Eesti_Vabariigi_Tartu_Ulikool, lk 239
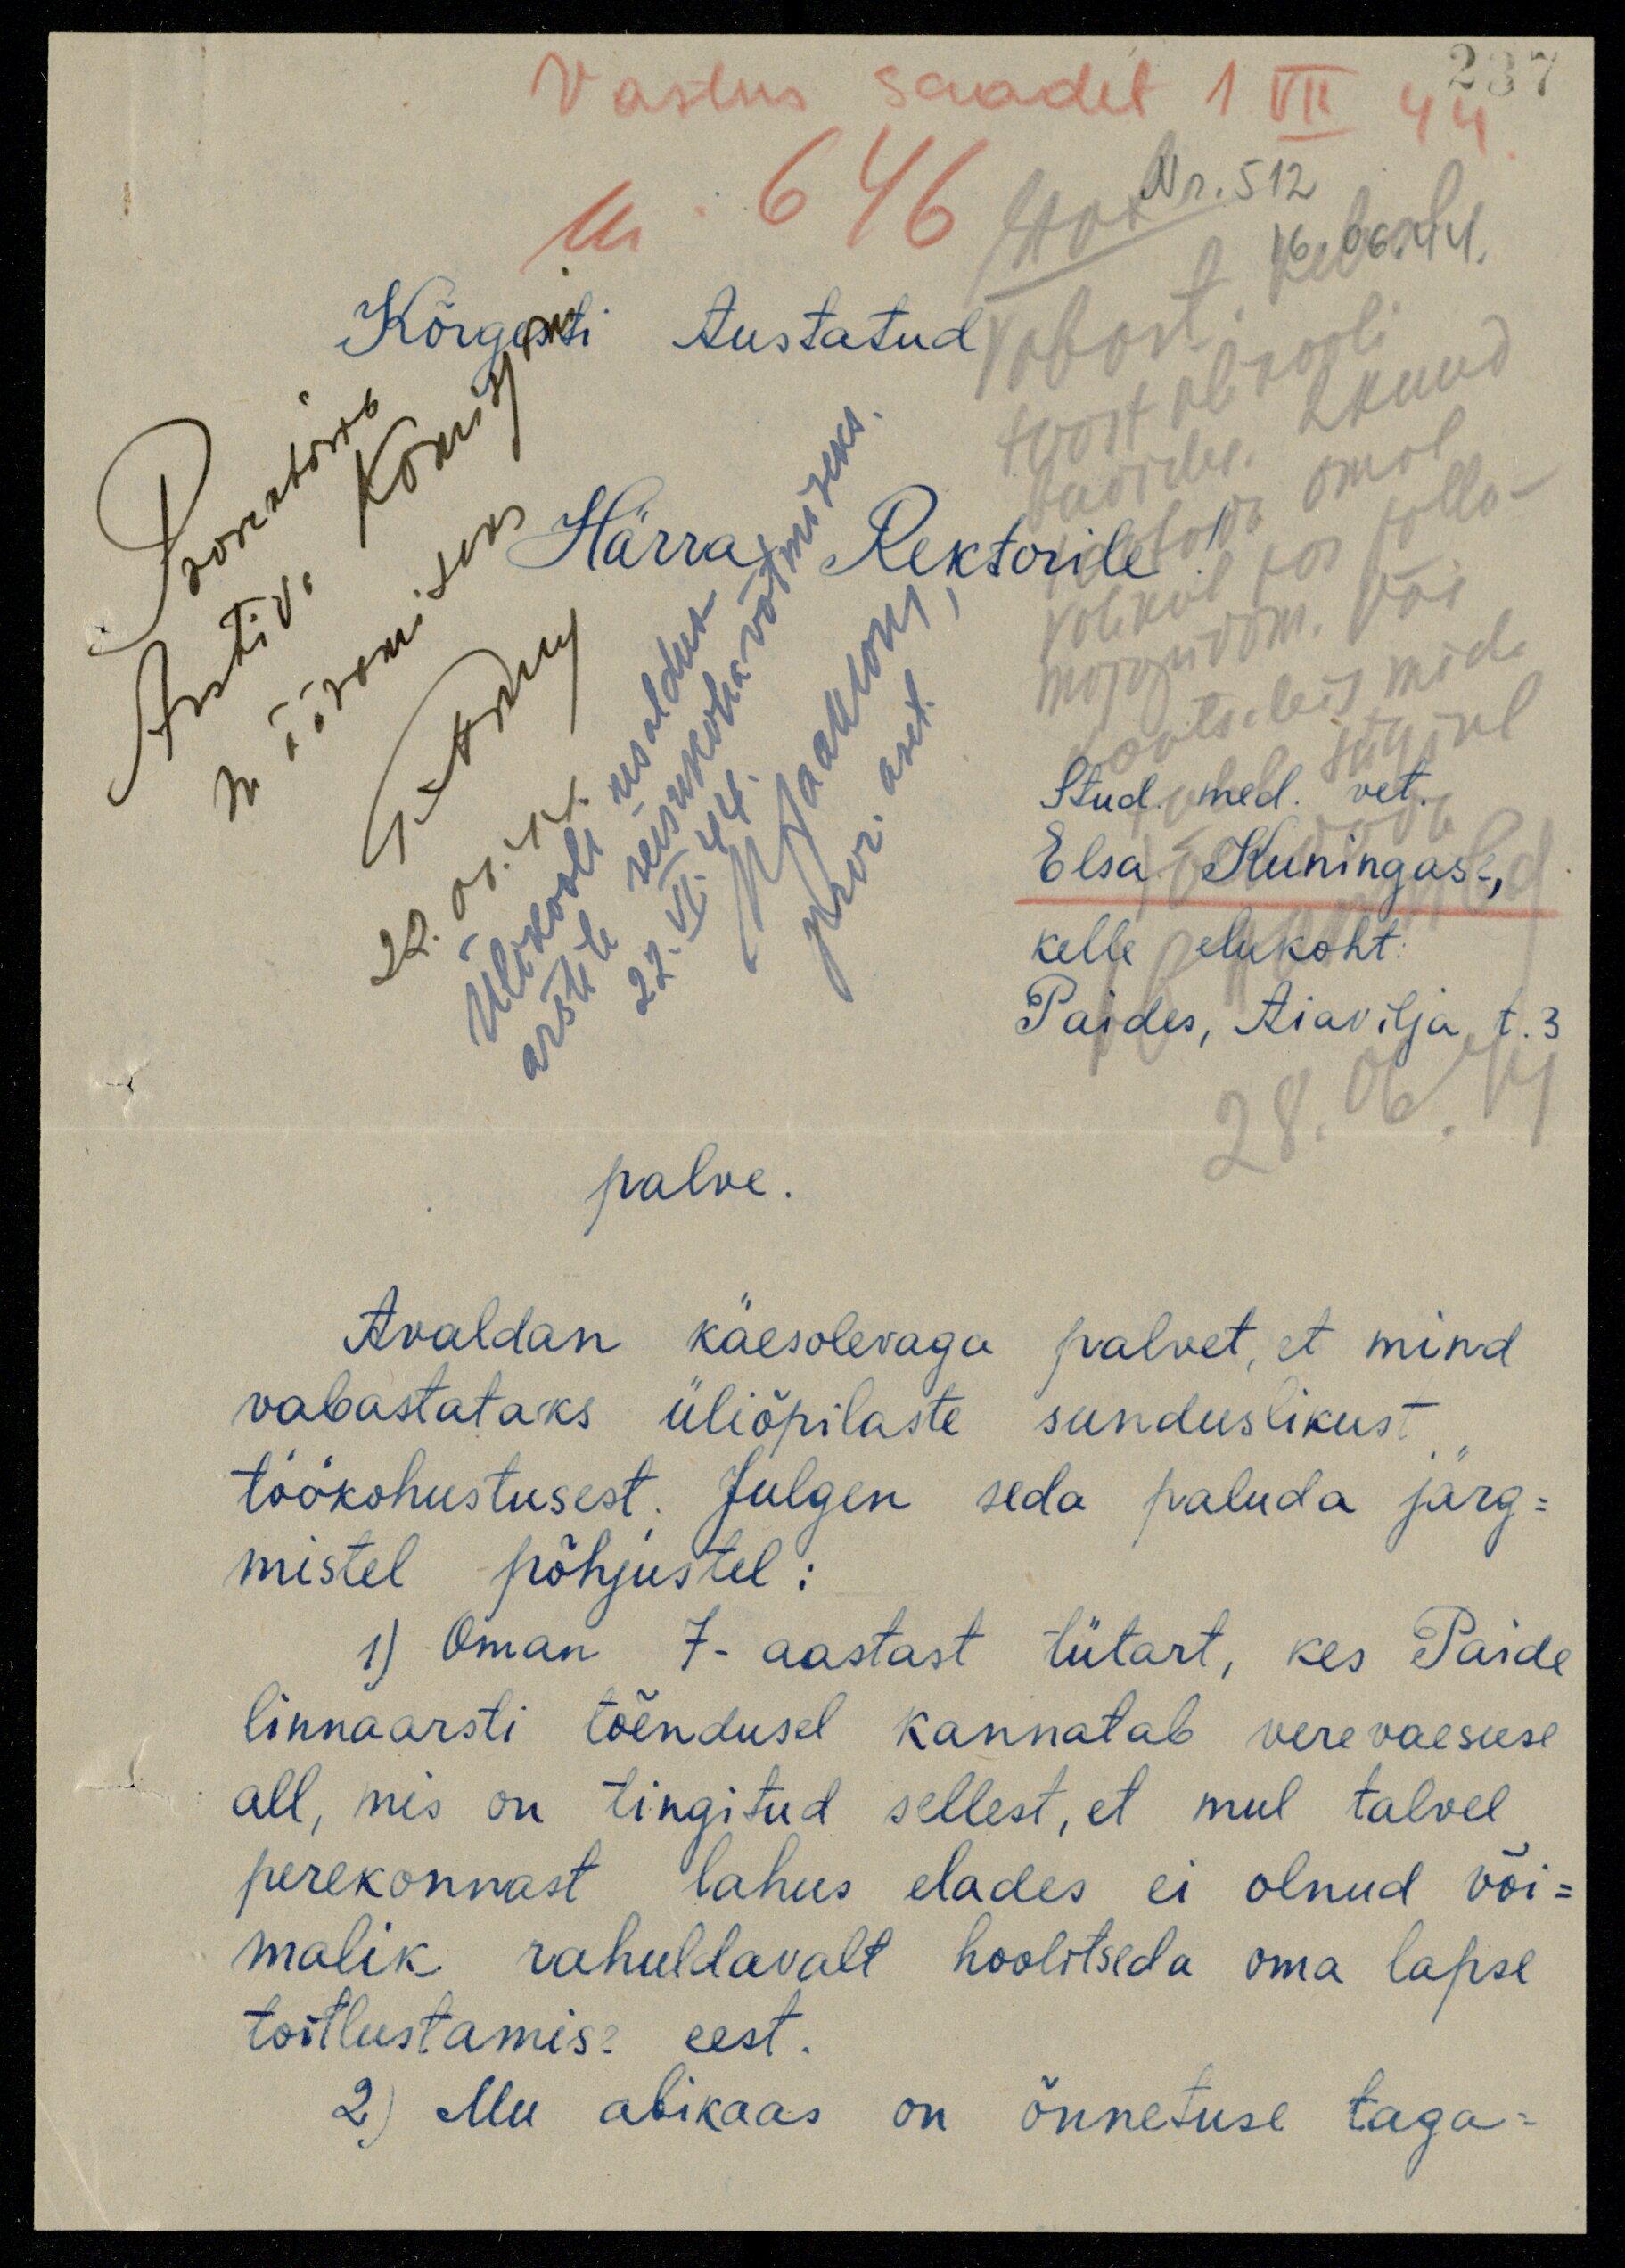
237
Vastus saadet 1. VII 44
nr 646
Nr. 512
Kõrgesti Austatud
Prorektori
Komisj
tööst ülikooli
Härra Rektorile
määramiseks
majandam. Või
valikul kas põllu-
Arsti ..
kantseleis mida
arstile seisukoha võtmiseks
Stud. med. vet.
pror. aset.
sügisel
Ülikooli usaldus
22.06.44
Elsa Kuningas,
22. VI. 44
kelle elukoht.
Paides, Aiavilja t.3
palve.
28.06.44
Avaldan käesolevaga palvet, et mind
vabastataks üliõpilaste sunduslikust
töökohustusest. Julgen seda paluda järg-
mistel põhjustel:
1) Oman 7-aastast tütart, kes Paide
linnaarsti tõendusel kannatab verevaesuse
all, mis on tingitud sellest, et mul talvel
perekonnast lahus elades ei olnud või-
malik rahuldavalt hoolitseda oma lapse
toitlustamise eest.
2) Mu abikaas on õnnetuse taga-